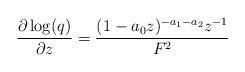
LaTeX: \begin{align*}\frac{\partial \log(q)}{\partial z}=\frac{(1-a_0z)^{-a_1-a_2}z^{-1}}{F^2}\end{align*}